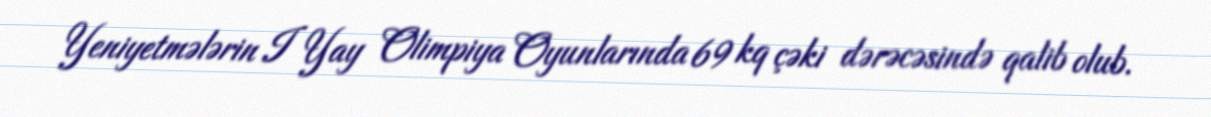
Yeniyetmələrin I Yay Olimpiya Oyunlarında 69 kq çəki dərəcəsində qalib olub.